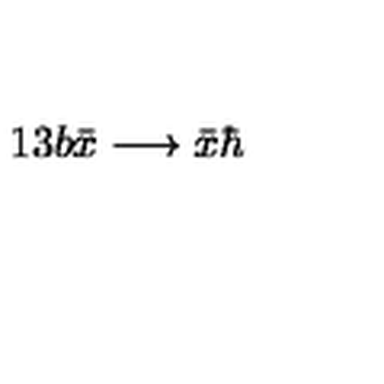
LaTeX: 1 3 b \bar { x } \longrightarrow \bar { x } \hbar